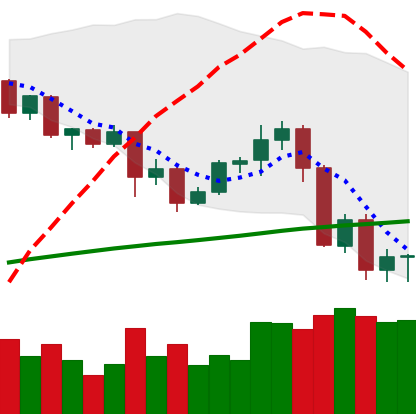
Ticker: ADA-USD
Chart end date: 2020-09-07
Forward return: 4.57%
Label: up_3_5